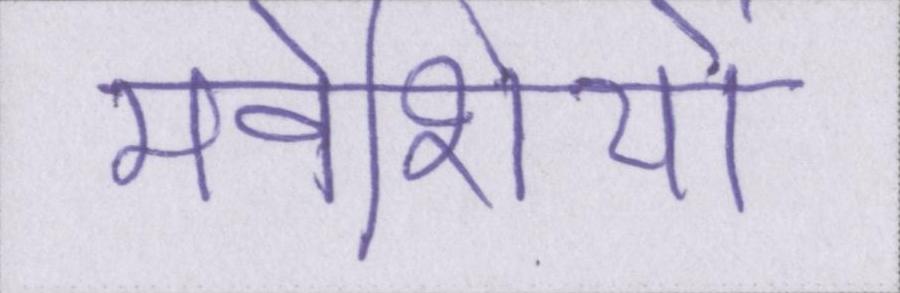
मवेशियों